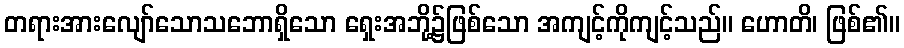
တရားအားလျော်သောသဘောရှိသော ရှေးအဘို့၌ဖြစ်သော အကျင့်ကိုကျင့်သည်။ ဟောတိ၊ ဖြစ်၏။